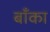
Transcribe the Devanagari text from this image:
बॉँका